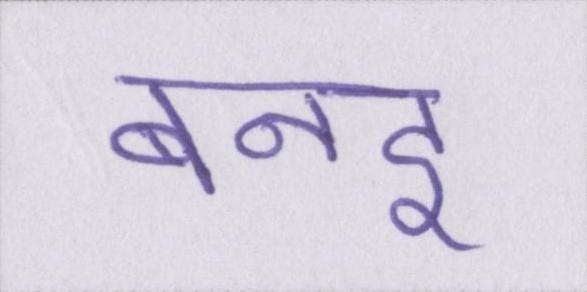
बनइ